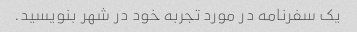
یک سفرنامه در مورد تجربه خود در شهر بنویسید.